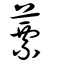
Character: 蔈